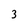
Character: 3